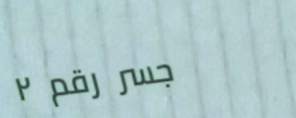
جسر رقم ٢